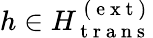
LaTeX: h\in H_{\mathrm{~t~r~a~n~s~}}^{\mathrm{~(~e~x~t~)~}}